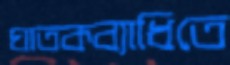
ঘাতকব্যাধিতে